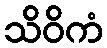
သိဝိကံ